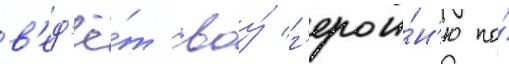
в'ед'ё́т своу́ г'ерои́н'ю по́